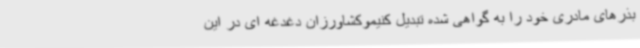
بذرهای مادری خود را به گواهی شده تبدیل کنیموکشاورزان دغدغه ای در این